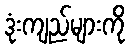
ဒုံးကျည်များကို